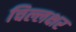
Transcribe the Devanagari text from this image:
चिल्लक्षर